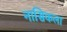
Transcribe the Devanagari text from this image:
नासिकला